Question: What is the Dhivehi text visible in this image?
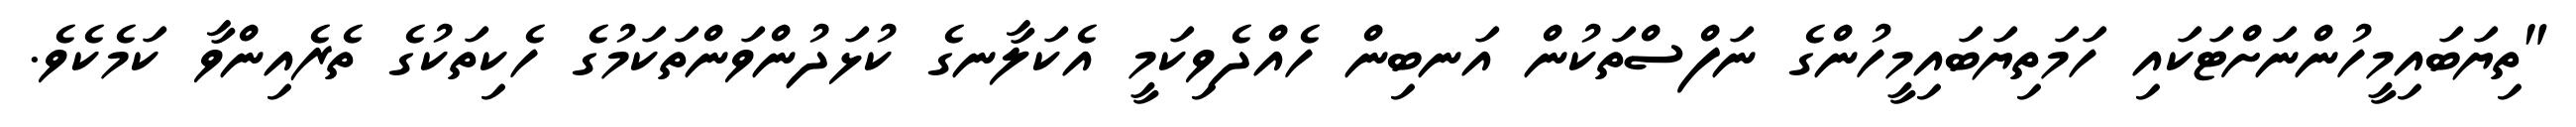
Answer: "ތިޔަބައިމީހުންނަށްޓަކައި ހަމަތިޔަބައިމީހުންގެ ނަފްސްތަކުން އަނބިން ހެއްދެވިކަމީ އެކަލާނގެ ކުޅަދުންވަންތަކަމުގެ ހެކިތަކުގެ ތެރެއިންވާ ކަމެކެވެ.